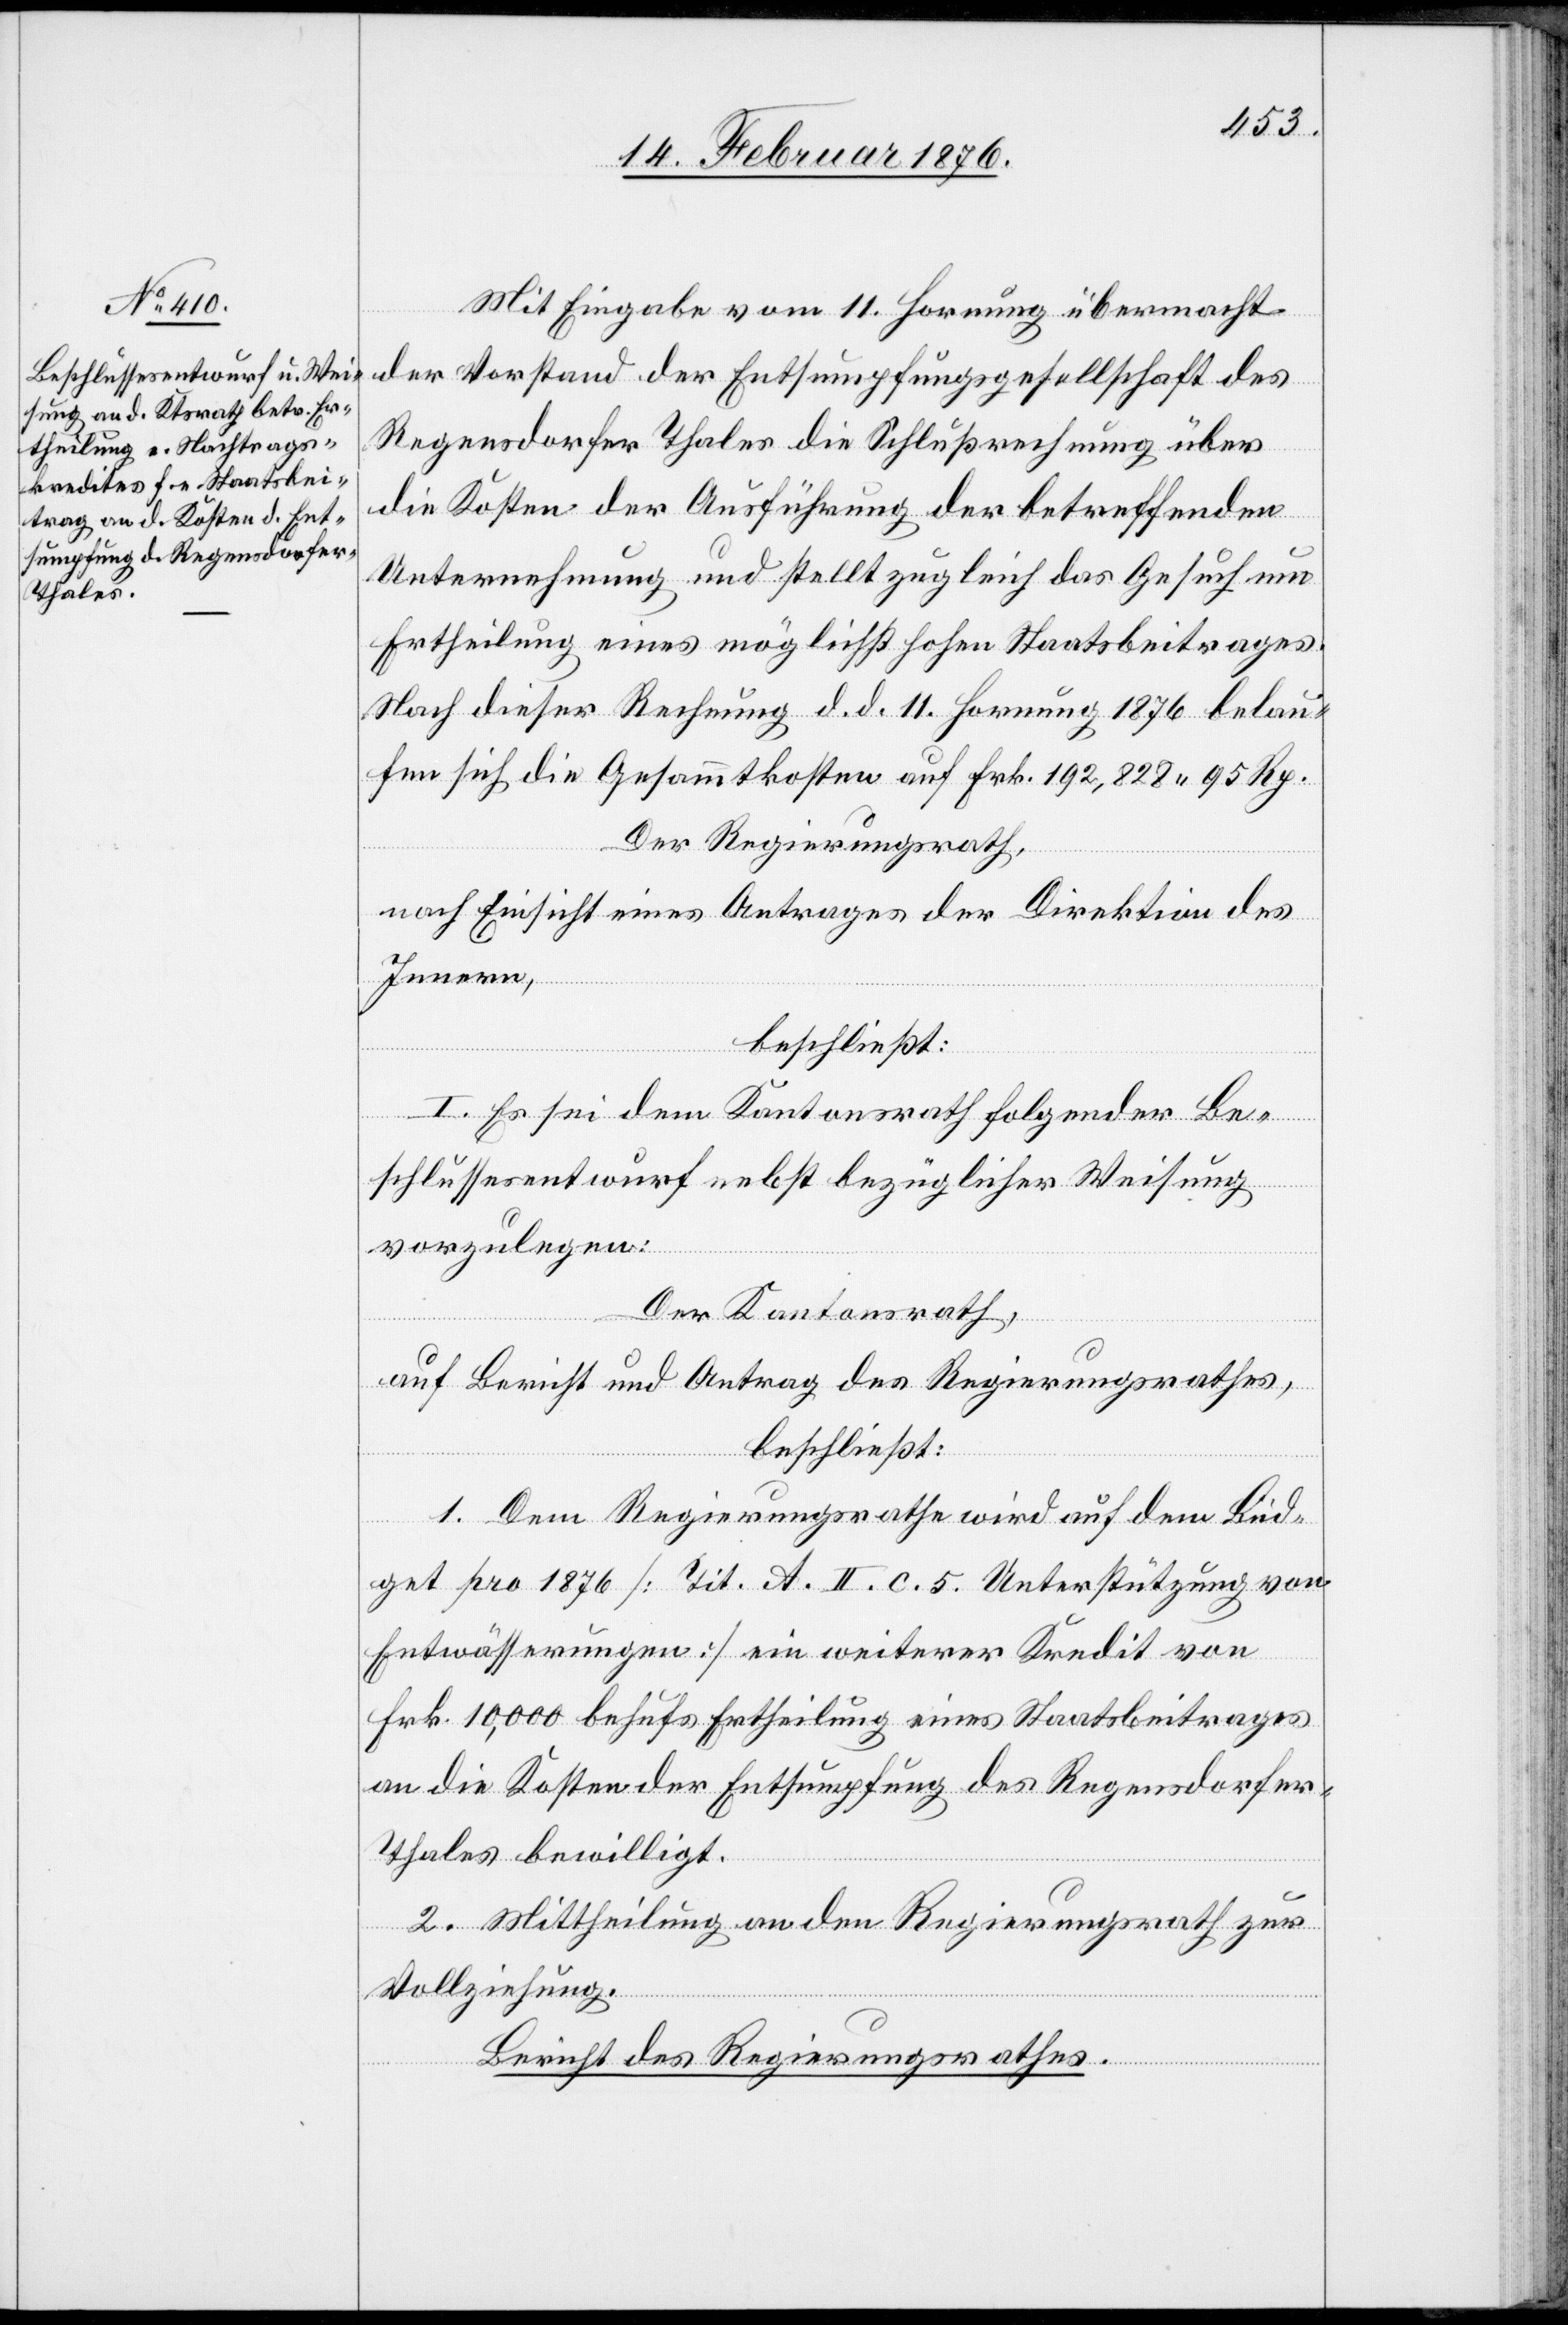
sumpfung des Regensdorfe¬

Mit Eingabe vom 11. Hornung übermacht
der Vorstand der Entsumpfungsgesellschaft des
Regensdorfer Thales die Schlußrechnung über
die Kosten der Ausführung der betreffenden
Unternehmung und stellt zugleich das Gesuch um
Ertheilung eines möglichst hohen Staatsbeitrages.
nach dieser Rechnung d. d. 11. Hornung 1876 belau¬
fen sich die Gesammtkosten auf Frk. 192,828 95 Rp.
Der Regierungsrath,
nach Einsicht eines Antrages der Direktion des
Innern,
beschließt:
I. Es sei dem Kantonsrath folgender Be¬
schlussesentwurf nebst bezüglicher Weisung
vorzulegen:
Der Kantonsrath,
auf Bericht und Antrag des Regierungsrathes,
beschließt:
1. Dem Regierungsrathe wird auf dem Büd¬
get pro 1876 [Tit. A. II. c. 5. Unterstützung von
Ent¬
Entwässerungen] ein weiterer Kredit von
r-Thales bewilligt.
2. Mittheilung an den Regierungsrath zur
Vollziehung.
Bericht des Regierungsrathes.